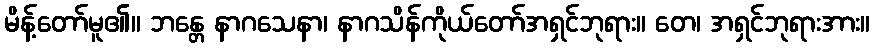
မိန့်တော်မူ၏။ ဘန္တေ နာဂသေနာ၊ နာဂသိန်ကိုယ်တော်အရှင်ဘုရား။ တေ၊ အရှင်ဘုရားအား။